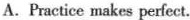
A.Practice makes perfect.